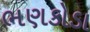
ભણકોડા